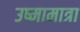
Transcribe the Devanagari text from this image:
उष्मामात्रा